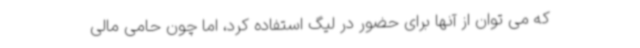
که می توان از آنها برای حضور در لیگ استفاده کرد، اما چون حامی مالی